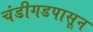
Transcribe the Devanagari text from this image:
चंडीगडपासून